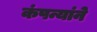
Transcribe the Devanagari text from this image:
कंपन्यांने